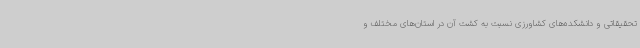
تحقیقاتی و دانشکده‌های کشاورزی نسبت به کشت آن در استان‌های مختلف و